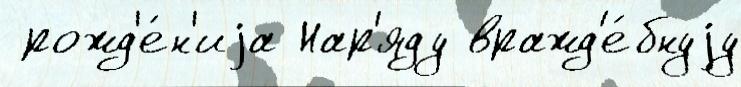
 рожд'е́н'иjа Нар'яду вражд'е́бнуjу